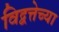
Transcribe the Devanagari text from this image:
विद्वत्तेच्या